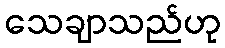
သေချာသည်ဟု